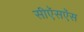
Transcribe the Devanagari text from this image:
सीऍसऍस